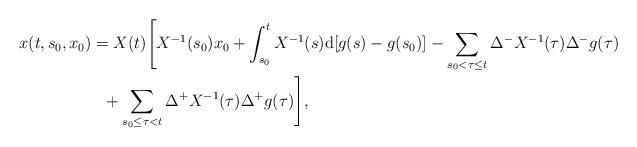
LaTeX: \begin{align*}x(t,s_0,x_0)&= X(t)\Bigg[X^{-1}(s_0)x_0 +\int_{s_0}^{t}X^{-1}(s){\rm d}[g(s)-g(s_0)]-\sum_{s_0< \tau \leq t}\Delta^{-}X^{-1}(\tau)\Delta^{-}g(\tau)\\& \ \ +\sum_{s_0\leq \tau < t}\Delta^{+}X^{-1}(\tau)\Delta^{+}g(\tau)\Bigg],\end{align*}